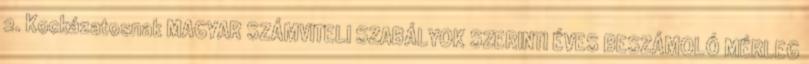
2. Kockázatosnak MAGYAR SZÁMVITELI SZABÁLYOK SZERINTI ÉVES BESZÁMOLÓ MÉRLEG